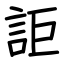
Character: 詎